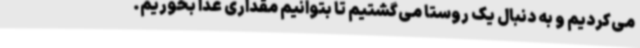
می‌کردیم و به دنبال یک روستا می‌گشتیم تا بتوانیم مقداری غذا بخوریم.